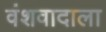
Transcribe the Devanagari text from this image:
वंशवादाला